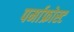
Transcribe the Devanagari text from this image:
पर्माफ्रोस्ट